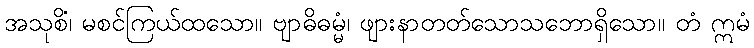
အသုစိံ၊ မစင်ကြယ်ထသော။ ဗျာဓိဓမ္မံ၊ ဖျားနာတတ်သောသဘောရှိသော။ တံ ဣမံ